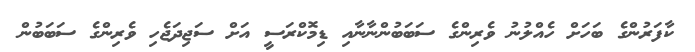
ކާފަރުންގެ ބަހަށް ހެއްލުނު ވެރިންގެ ސަބަބުންނާނާއި ޑިމޮކްރަސީ އަށް ސަޖިދަޖެހި ވެރިންގެ ސަބަބުން